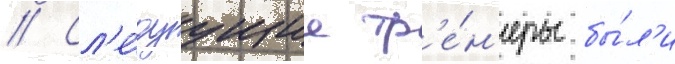
// Сл'е́дуущие тр'е́н'еры бы́л'и